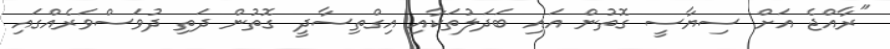
"ރާއްޖެ އަށް ސިޔާސީ ގޮތުން އައި ބަދަލުތަކާއި އިގްތިސާދީ ގޮތުން ދަތި ދުވަސްވަރެއްގައި